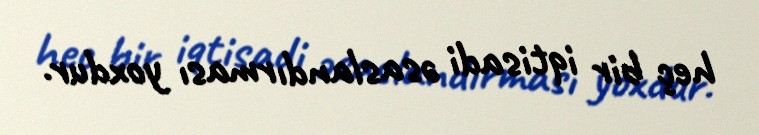
heç bir iqtisadi əsaslandırması yoxdur.